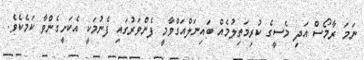
ނަމަ ރާމޯސް އަދި މެސީގެ ކުރިމަތިލުމެއް ބައިނަލްއަގްވާމީ ފެންވަރުގައި ފެނުމަކީ އެކަށީގެންވާ ކަމެކެވެ.